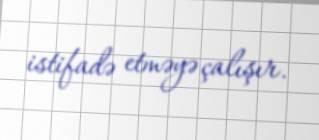
istifadə etməyə çalışır.